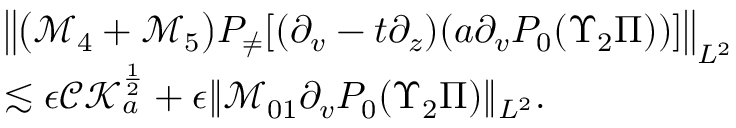
\begin{array} { r l } & { \left\| \big ( \mathcal { M } _ { 4 } + \mathcal { M } _ { 5 } \big ) P _ { \neq } [ ( \partial _ { v } - t \partial _ { z } ) ( a \partial _ { v } P _ { 0 } ( \Upsilon _ { 2 } \Pi ) ) ] \right\| _ { L ^ { 2 } } } \\ & { \lesssim \epsilon \mathcal { C K } _ { a } ^ { \frac 1 2 } + \epsilon \| \mathcal { M } _ { 0 1 } \partial _ { v } P _ { 0 } ( \Upsilon _ { 2 } \Pi ) \| _ { L ^ { 2 } } . } \end{array}